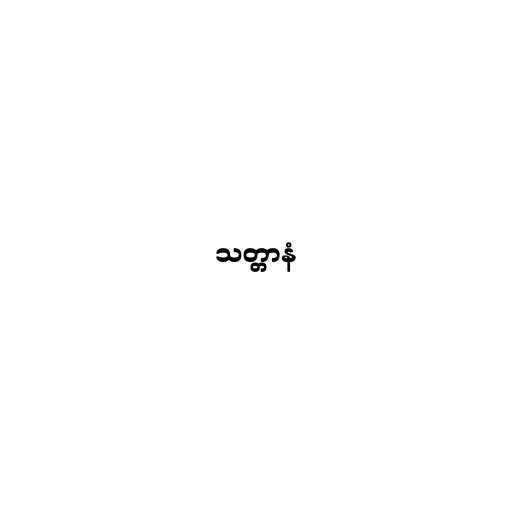
သတ္တာနံ